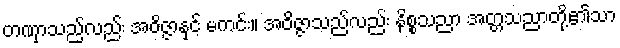
တဏှာသည်လည်း အဝိဇ္ဇာနှင့် မကင်း။ အဝိဇ္ဇာသည်လည်း နိစ္စသညာ အတ္တသညာတို့၏သာ